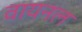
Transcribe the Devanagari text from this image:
वायनल